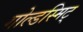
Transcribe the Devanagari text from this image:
गोल्डस्मिट्